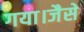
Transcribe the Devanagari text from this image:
गया।जैसे